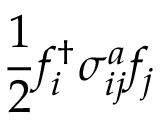
\frac { 1 } { 2 } f _ { i } ^ { \dagger } \sigma _ { i j } ^ { a } f _ { j }